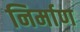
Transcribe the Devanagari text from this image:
निर्माण्‍ा